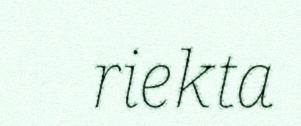
riekta